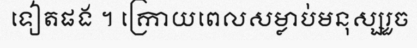
ទៀតផង ។ ក្រោយពេលសម្លាប់មនុស្សរួច